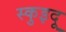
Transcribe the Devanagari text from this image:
स्कुइदू